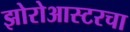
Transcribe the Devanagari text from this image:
झोरोआस्टरचा